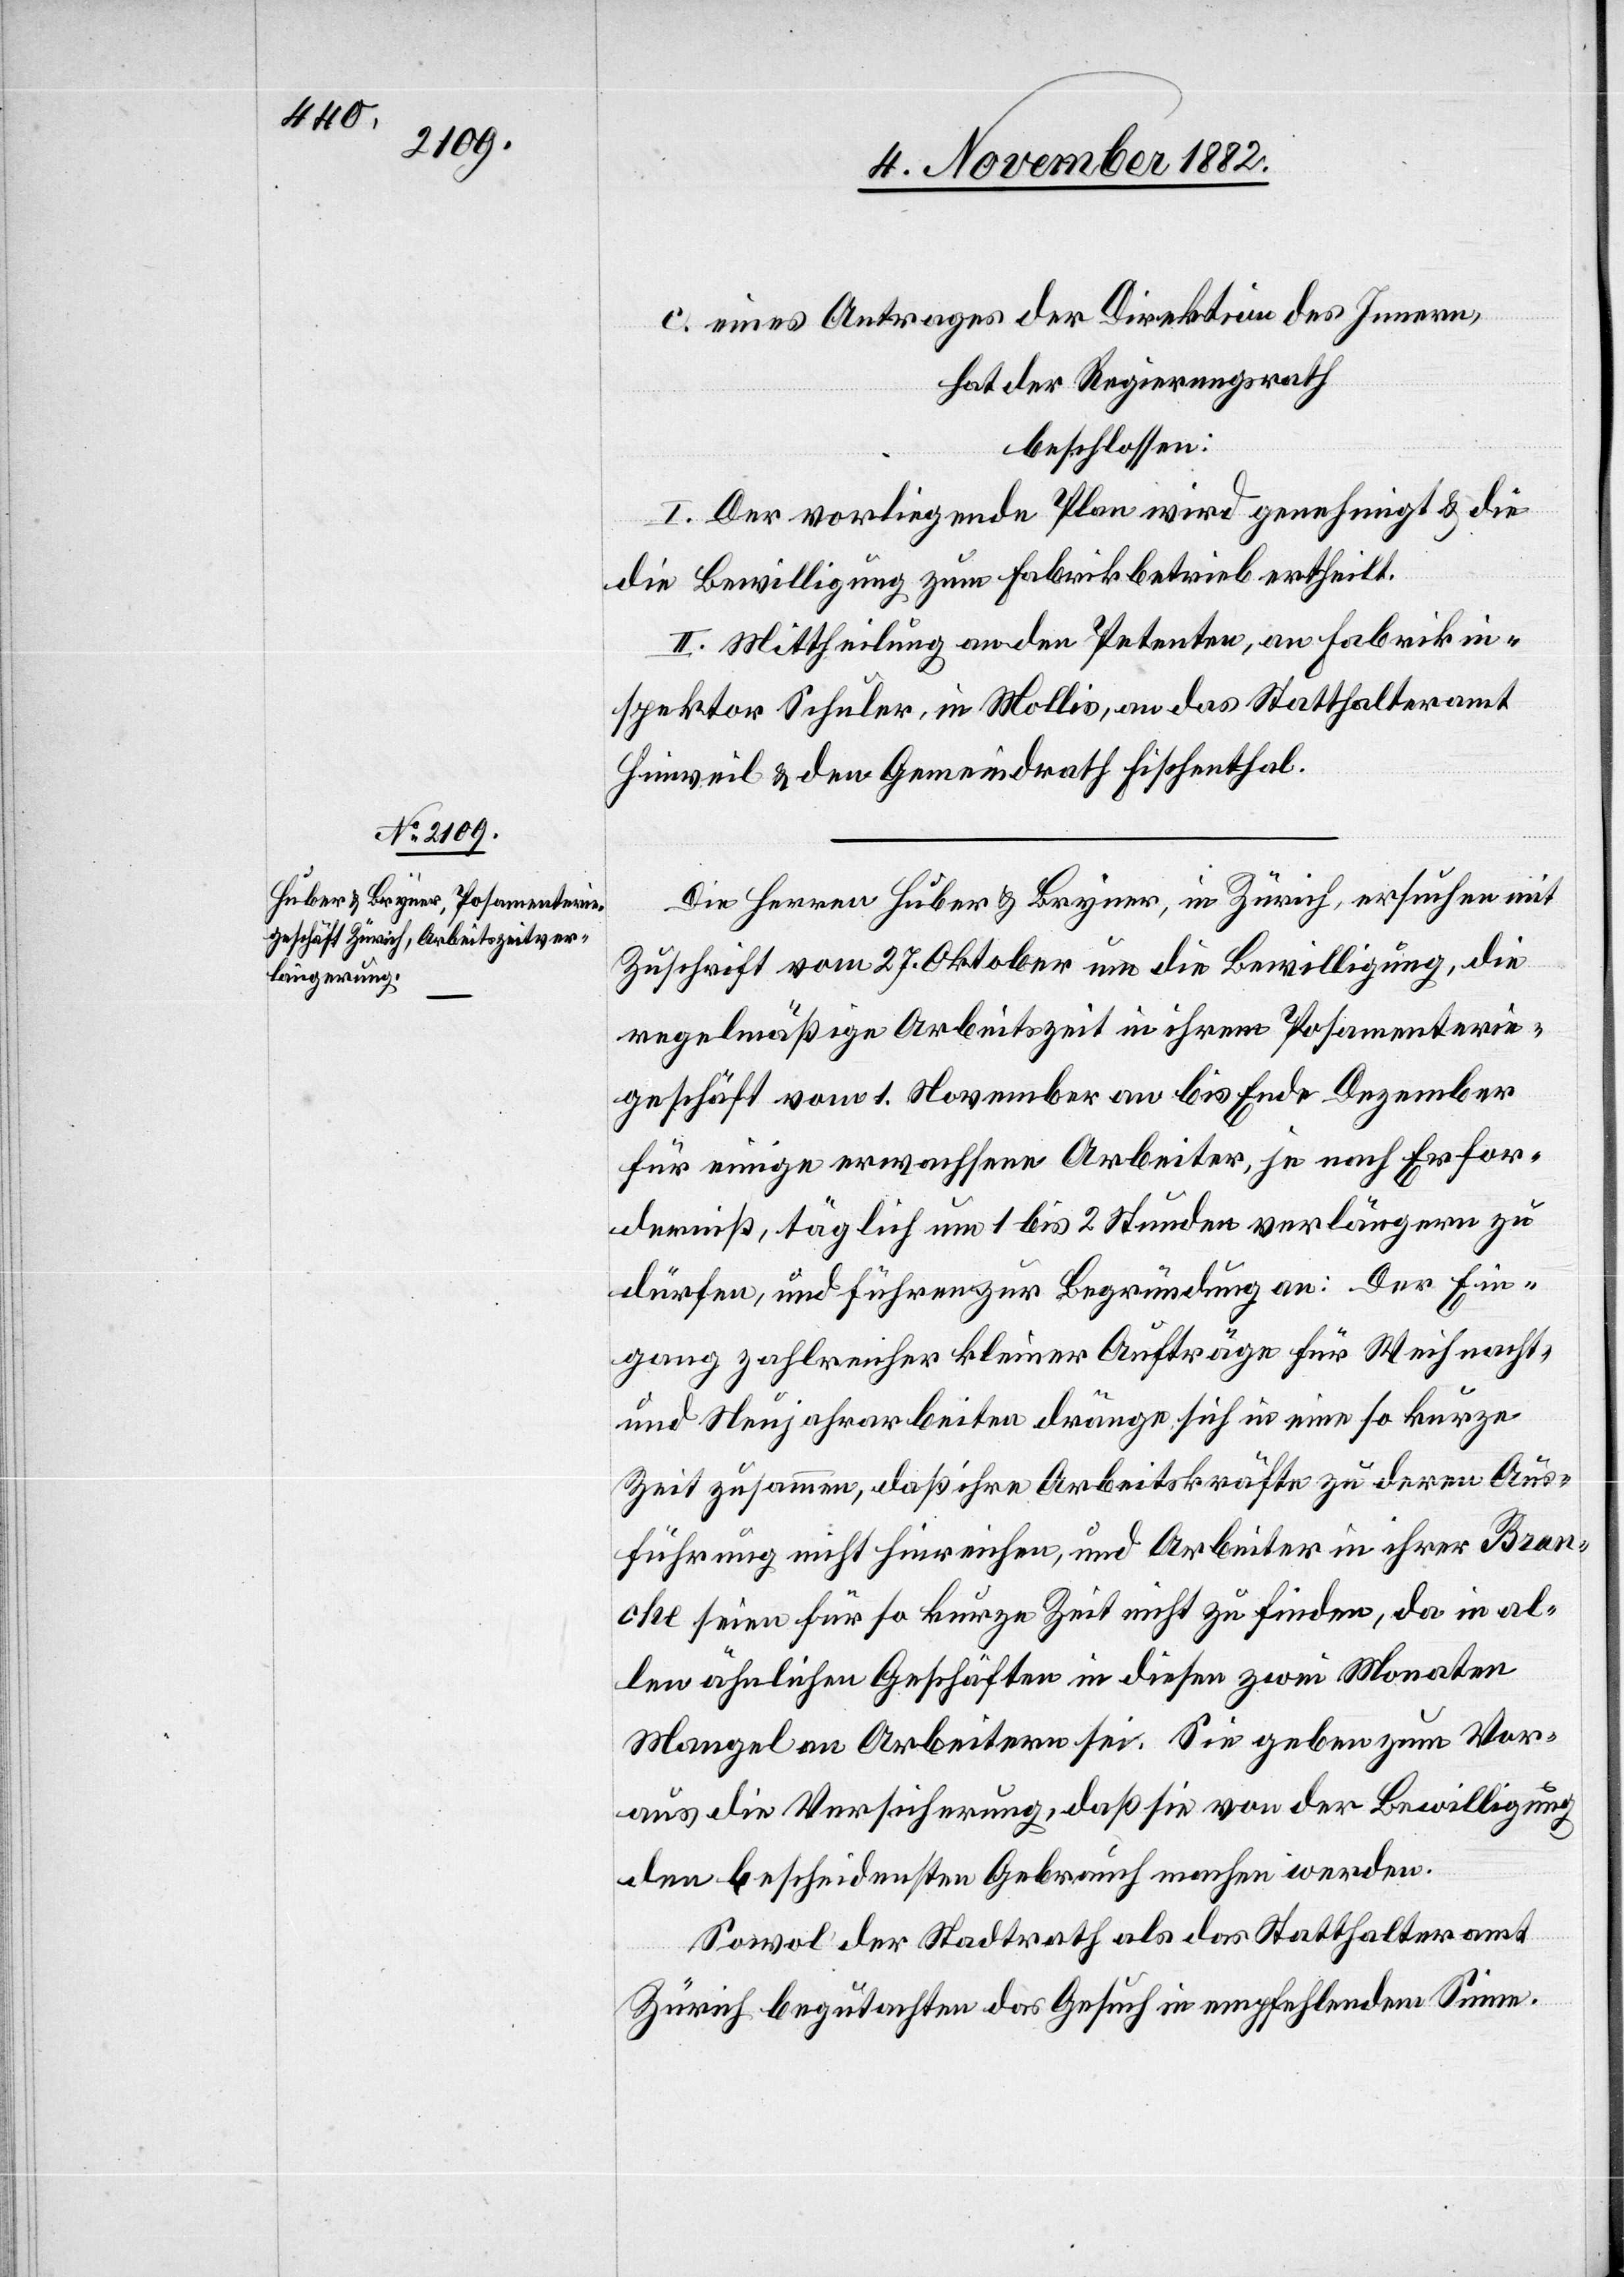
c. eines Antrages der Direktion des Innern,
hat der Regierungsrath
beschlossen:
I. Der vorliegende Plan wird genehmigt & die
[sic!] Bewilligung zum Fabrikbetrieb ertheilt.
II. Mittheilung an den Petenten, an Fabrikin¬
spektor Schuler, in Mollis, an das Statthalteramt
Hinweil & den Gemeindrath Fischenthal.
Die Herren Huber & Bryner, in Zürich, ersuchen mit
Zuschrift vom 27. Oktober um die Bewilligung, die
regelmäßige Arbeitszeit in ihrem Posamenterie¬
geschäft vom 1. November an bis Ende Dezember
für einige erwachsene Arbeiter, je nach Erfor¬
derniß, täglich um 1 bis 2 Stunden verlängern zu
dürfen, und führen zur Begründung an: Der Ein¬
gang zahlreicher kleiner Aufträge für Weinacht-
und Neujahrarbeiten dränge sich in eine so kurze
Zeit zusammen, daß ihre Arbeitskräfte zu deren Aus¬
führung nicht hinreichen, und Arbeiter in ihrer Bran¬
che seien für so kurze Zeit nicht zu finden, da in al¬
len ähnlichen Geschäften in diesen zwei Monate
Mangel an Arbeitern sei. Sie geben zum Vor¬
aus die Versicherung, daß sie von der Bewilligung
den bescheidensten Gebrauch machen werden.
Sowol der Stadtrath als das Statthalteramt
Zürich begutachten das Gesuch in empfehlendem Sinne.